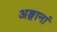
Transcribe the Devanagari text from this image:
अङ्गानां